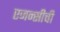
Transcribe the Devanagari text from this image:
एजन्सीची